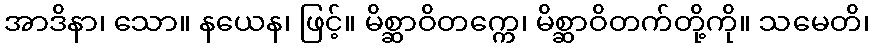
အာဒိနာ၊ သော။ နယေန၊ ဖြင့်။ မိစ္ဆာဝိတက္ကေ၊ မိစ္ဆာဝိတက်တို့ကို။ သမေတိ၊